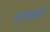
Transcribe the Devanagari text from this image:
हाजारों